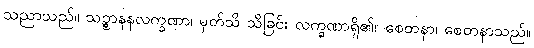
သညာသည်။ သဉ္စာနနလက္ခဏာ၊ မှတ်သိ သိခြင်း လက္ခဏာရှိ၏။ စေတနာ၊ စေတနာသည်။